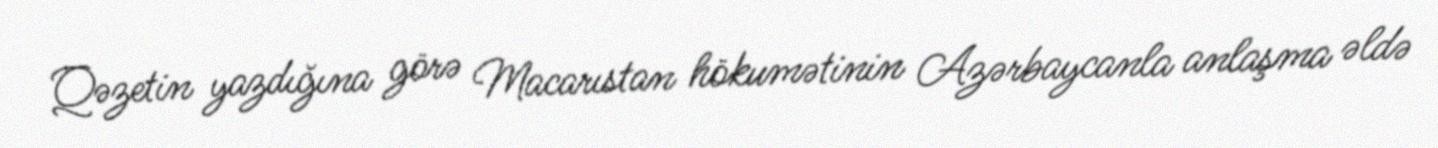
Qəzetin yazdığına görə Macarıstan hökumətinin Azərbaycanla anlaşma əldə